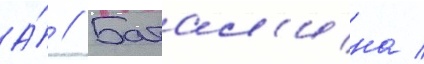
А́ // Батал'ина /